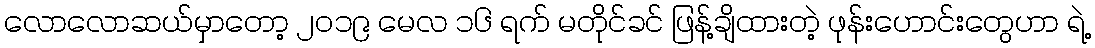
လောလောဆယ်မှာတော့ ၂၀၁၉ မေလ ၁၆ ရက် မတိုင်ခင် ဖြန့်ချိထားတဲ့ ဖုန်းဟောင်းတွေဟာ ရဲ့